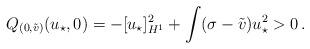
LaTeX: \begin{align*}Q_{(0,\tilde v)}(u_\star,0)=-[u_\star]_{H^1}^2+\int(\sigma-\tilde v)u_\star^2>0\,.\end{align*}